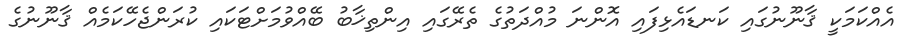
އެއްކަމަކީ ޤާނޫނުގައި ކަނޑައެޅިފައި އޮންނަ މުއްދަތުގެ ތެރޭގައި އިންތިޚާބު ބޭއްވުމަށްޓަކައި ކުރަންޖެހޭކަމެއް ޤާނޫނުގެ